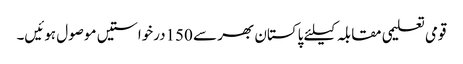
قومی تعلیمی مقابلہ کیلئے پاکستان بھر سے 150درخواستیں موصول ہوئیں۔